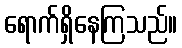
ရောက်ရှိနေကြသည်။